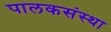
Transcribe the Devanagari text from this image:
पालकसंस्था